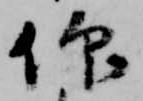
仰